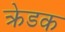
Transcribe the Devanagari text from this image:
क्रेडक